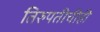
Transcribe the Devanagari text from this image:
तिरुपतीचीही